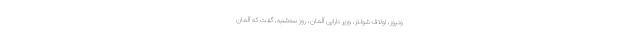
ونیوز، اولاف شولتز، وزیر دارایی آلمان، روز سه‌شنبه، گفت كه آلمان